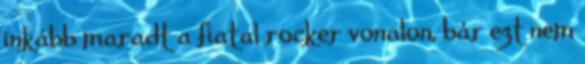
inkább maradt a fiatal rocker vonalon, bár ezt nem